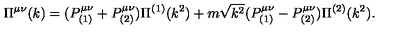
\Pi ^ { \mu \nu } ( k ) = ( P _ { ( 1 ) } ^ { \mu \nu } + P _ { ( 2 ) } ^ { \mu \nu } ) \Pi ^ { ( 1 ) } ( k ^ { 2 } ) + m \sqrt { k ^ { 2 } } ( P _ { ( 1 ) } ^ { \mu \nu } - P _ { ( 2 ) } ^ { \mu \nu } ) \Pi ^ { ( 2 ) } ( k ^ { 2 } ) .